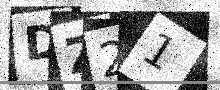
Text: DZ21